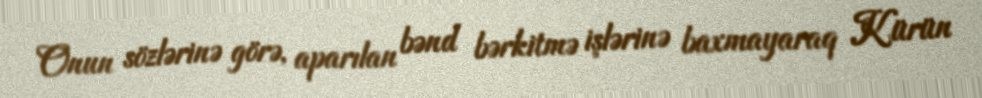
Onun sözlərinə görə, aparılan bənd bərkitmə işlərinə baxmayaraq Kürün